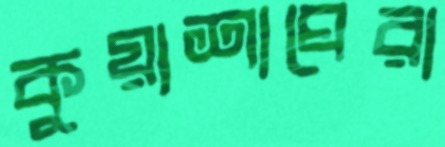
কুয়াশাঘেরা